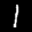
Label: 1